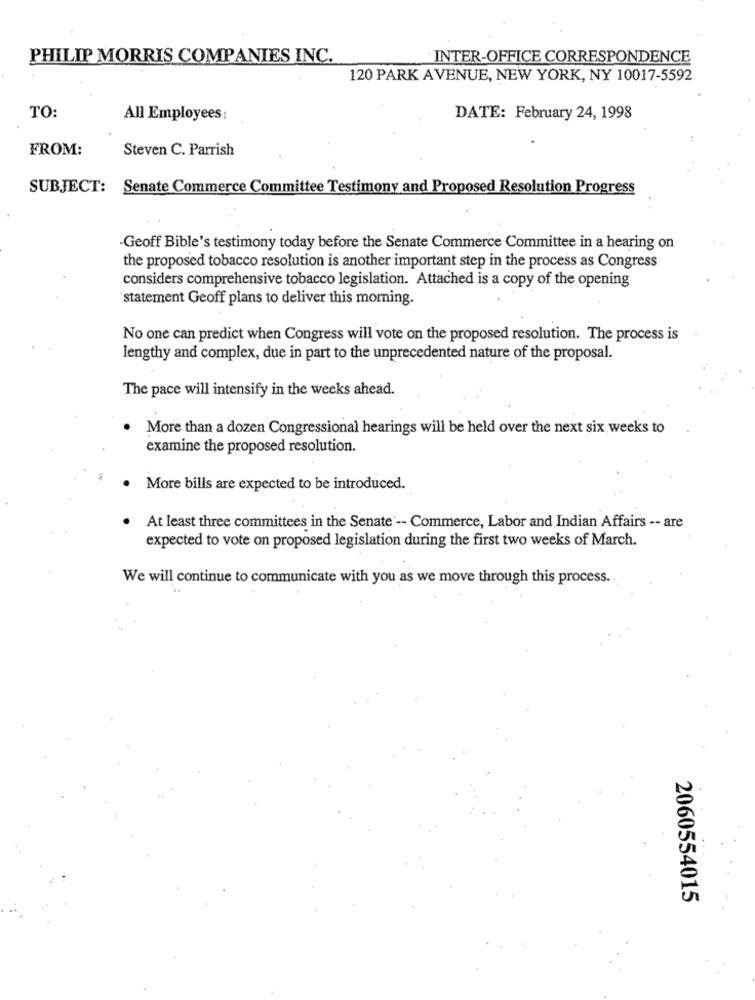
PHILIP MORRIS COMPANIES INC.
INTER-OFFICE CORRESPONDENCE
120 PARK AVENUE, NEW YORK, NY 10017-5592
TO:
All Employees:
DATE: February 24, 1998
FROM:
Steven C. Parrish
SUBJECT: Senate Commerce Committee Testimony and Proposed Resolution Progress
-Geoff Bible's testimony today before the Senate Commerce Committee in a hearing on
the proposed tobacco resolution is another important step in the process as Congress
considers comprehensive tobacco legislation. Attached is a copy of the opening
statement Geoff plans to deliver this morning.
No one can predict when Congress will vote on the proposed resolution. The process is
lengthy and complex, due in part to the unprecedented nature of the proposal.
The pace will intensify in the weeks ahead.
More than a dozen Congressional hearings will be held over the next six weeks to
examine the proposed resolution.
More bills are expected to be introduced.
At least three committees in the Senate' -- Commerce, Labor and Indian Affairs -- are
expected to vote on proposed legislation during the first two weeks of March.
We will continue to communicate with you as we move through this process.
2060554015